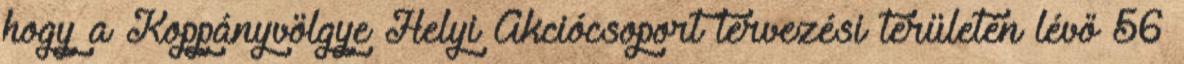
hogy a Koppányvölgye Helyi Akciócsoport tervezési területén lévő 56